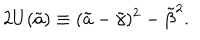
LaTeX: 2 U ( \tilde { a } ) \equiv ( \tilde { a } - { \tilde { \gamma } } ) ^ { 2 } - { \tilde { \beta } } ^ { 2 } .